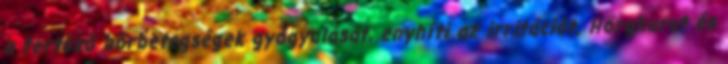
a fertőző bőrbetegségek gyógyulását, enyhíti az irritációt. Hörghurut és